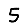
Digit: 5